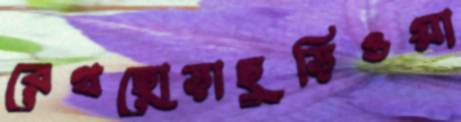
রেথছোড়াছুড়িওয়া